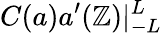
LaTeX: C({a}){a}^{\prime}(\mathbb{Z})|_{-L}^{L}